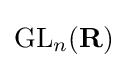
\mathrm {GL} _{n}(\mathbf {R} )